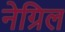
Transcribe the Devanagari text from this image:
नेग्रिल